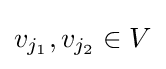
v_{j_{1}},v_{j_{2}}\in V